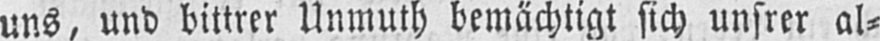
uns, und bittrer Unmuth bemächtigt sich unsrer al⸗